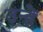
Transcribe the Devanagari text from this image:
उन्हेंं